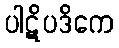
ပါဋိပဒိကေ